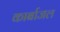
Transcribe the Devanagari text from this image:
कार्बाजल